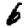
Digit: 6